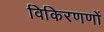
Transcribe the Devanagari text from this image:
विकिरणणों